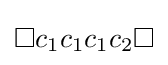
{\textstyle \Box c_{1}c_{1}c_{1}c_{2}\Box }